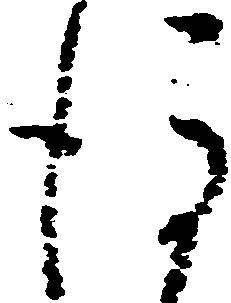
後